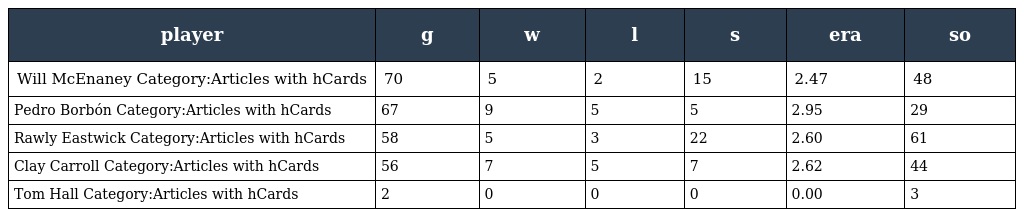
| player | g | w | l | s | era | so |
 | --- | --- | --- | --- | --- | --- | --- |
 | Will McEnaney Category:Articles with hCards | 70 | 5 | 2 | 15 | 2.47 | 48 |
 | Pedro Borbón Category:Articles with hCards | 67 | 9 | 5 | 5 | 2.95 | 29 |
 | Rawly Eastwick Category:Articles with hCards | 58 | 5 | 3 | 22 | 2.60 | 61 |
 | Clay Carroll Category:Articles with hCards | 56 | 7 | 5 | 7 | 2.62 | 44 |
 | Tom Hall Category:Articles with hCards | 2 | 0 | 0 | 0 | 0.00 | 3 |